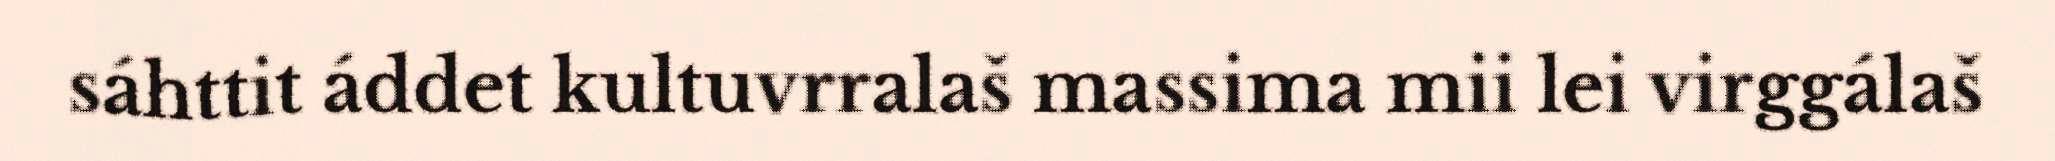
sáhttit áddet kultuvrralaš massima mii lei virggálaš